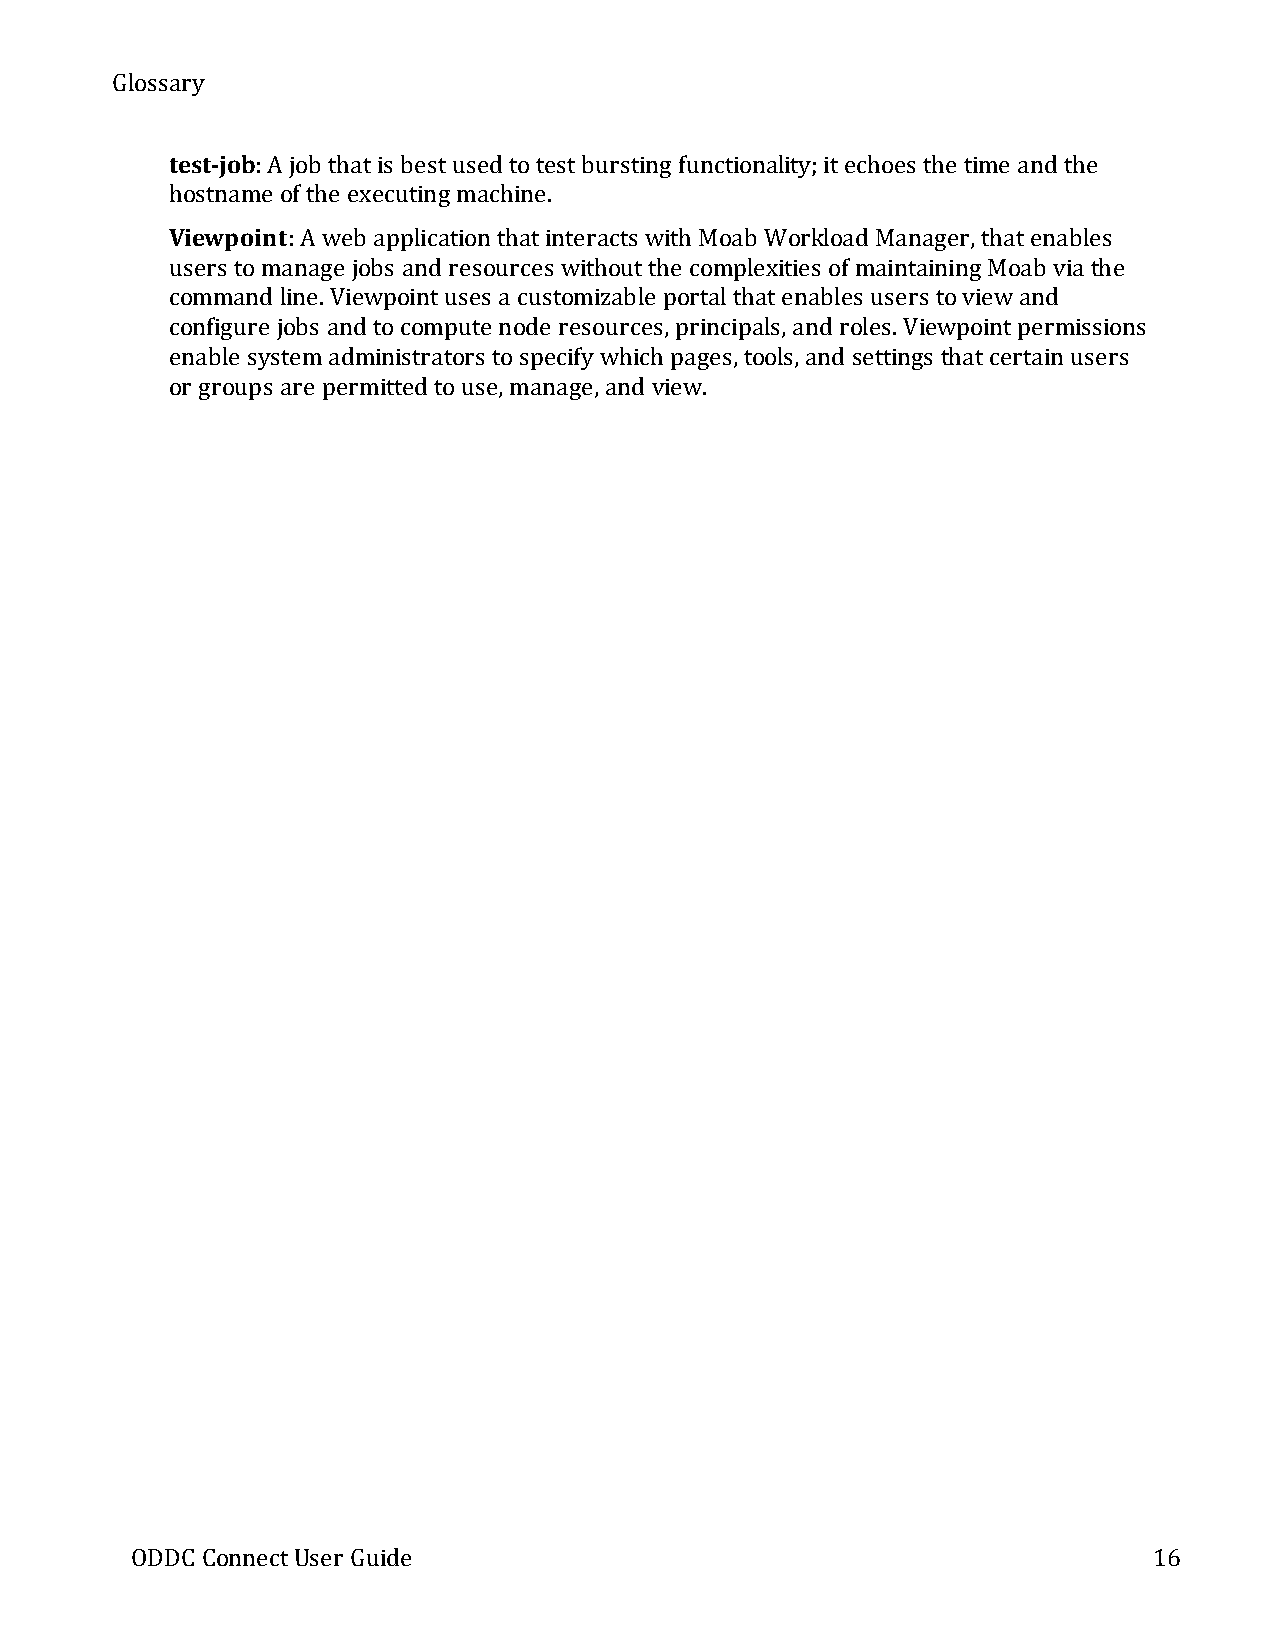
Glossary
 test-job:A job thatis bestused totestbursting functionality;itechoes the time and the
 hostname of the executing machine.
 Viewpoint:A web application thatinteracts with Moab Workload Manager,thatenables
 users tomanage jobs and resources withoutthe complexities of maintaining Moab via the
 command line.Viewpointuses a customizable portalthatenables users toviewand
 configure jobs and tocompute node resources,principals,and roles.Viewpointpermissions
 enable systemadministrators tospecifywhich pages,tools,and settings thatcertain users
 or groups are permitted touse,manage,and view.
 ODDC ConnectUser Guide                                             16